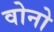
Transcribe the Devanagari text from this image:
वोनो